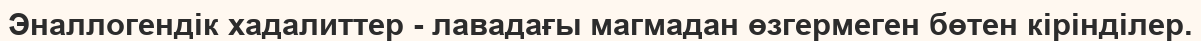
Эналлогендік хадалиттер - лавадағы магмадан өзгермеген бөтен кірінділер.